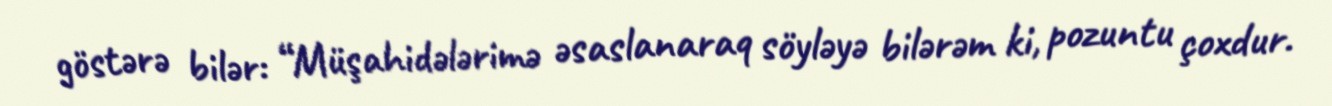
göstərə bilər: “Müşahidələrimə əsaslanaraq söyləyə bilərəm ki, pozuntu çoxdur.